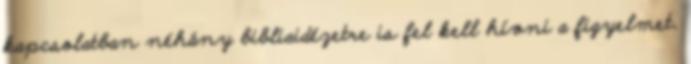
kapcsolatban néhány bibliaidézetre is fel kell hívni a figyelmet.